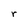
Character: r